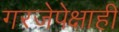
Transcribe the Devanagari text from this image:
गरजेपेक्षाही